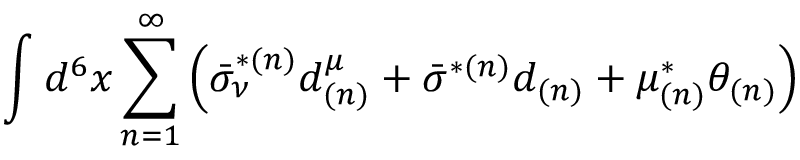
\int d ^ { 6 } x \sum _ { n = 1 } ^ { \infty } \left( \bar { \sigma } _ { \nu } ^ { * ( n ) } d _ { ( n ) } ^ { \mu } + \bar { \sigma } ^ { * ( n ) } d _ { ( n ) } + \mu _ { ( n ) } ^ { * } \theta _ { ( n ) } \right)